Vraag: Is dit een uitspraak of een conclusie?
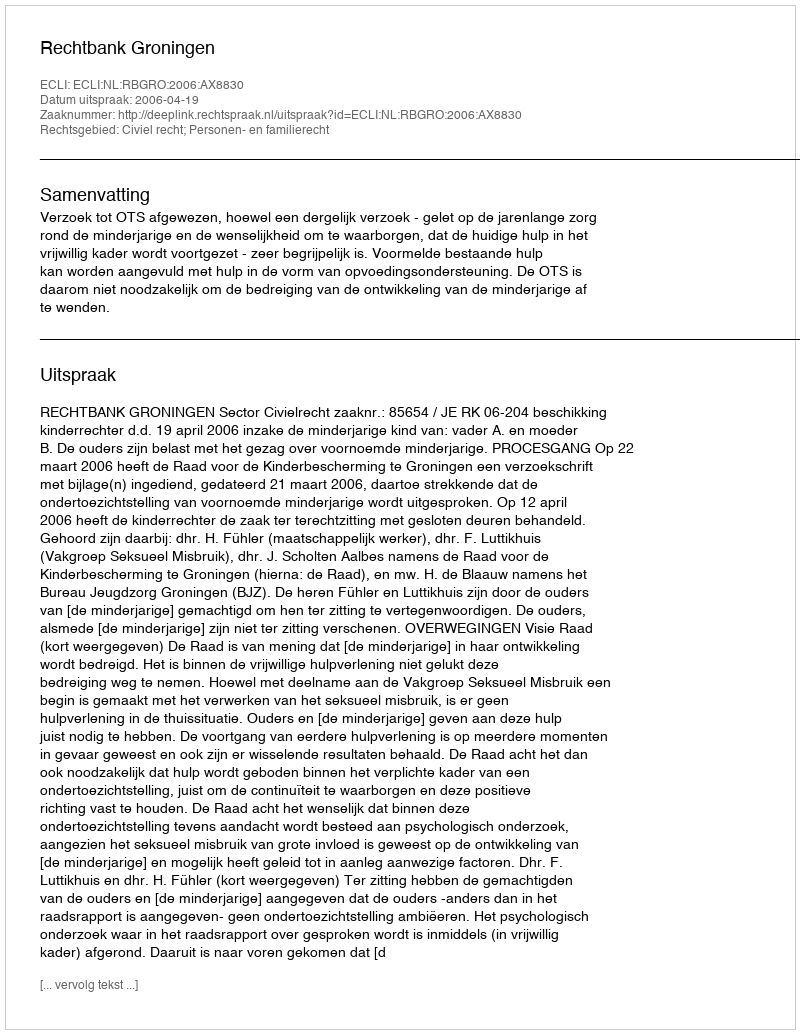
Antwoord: Uitspraak